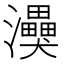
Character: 𭳸